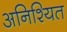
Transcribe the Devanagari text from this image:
अनिश्यित